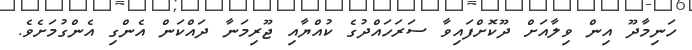
ހަނިމާދޫ އިން ވިލާއަށް ދޫކޮށްފައިވާ ސަރަހައްދުގެ ކުއްޔާއި ޖޫރިމަނާ ދައްކަން އެންގި އެންގުމަށެވެ.